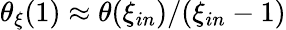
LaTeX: \theta_{\xi}(1)\approx\theta(\xi_{in})/(\xi_{in}-1)